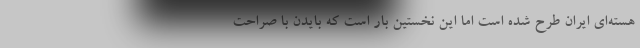
هسته‌ای ایران طرح شده است اما این نخستین بار است که بایدن با صراحت